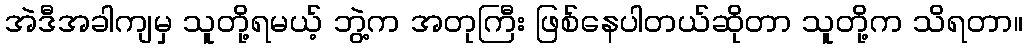
အဲဒီအခါကျမှ သူတို့ရမယ့် ဘွဲ့က အတုကြီး ဖြစ်နေပါတယ်ဆိုတာ သူတို့က သိရတာ။